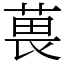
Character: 葨